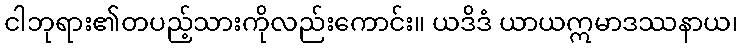
ငါဘုရား၏တပည့်သားကိုလည်းကောင်း။ ယဒိဒံ ယာယဣမာဒဿနာယ၊